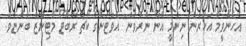
އެހެންވީމާ އަހަރެން ނިންމީ އޭނާ ނާރުވަން" އެވަޓަންގެ ކޯޗު ރޮބާޓޯ މާޓިނޭޒް ބުންޏެވެ.